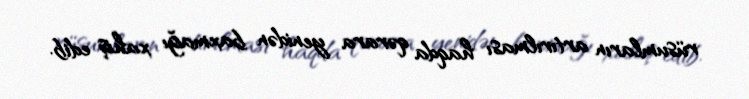
rüsumların artırılması haqda qərara yenidən baxmağı xahiş edib.